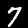
Digit: 7